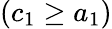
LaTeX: \left(c_{1}\geq a_{1}\right)